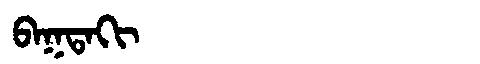
Manchu: ᠪᠠᡴᡨᠠᡴᡳ
Romanization: BAKTAKI